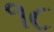
૧૮